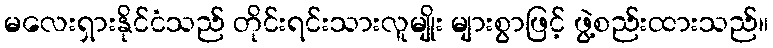
မလေးရှားနိုင်ငံသည် တိုင်းရင်းသားလူမျိုး များစွာဖြင့် ဖွဲ့စည်းထားသည်။